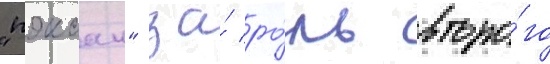
"пэксан" за́ ро́ль второ́го